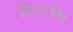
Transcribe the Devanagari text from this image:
सिन्टरिंग